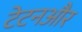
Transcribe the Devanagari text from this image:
टेटनऔर